Civil Veterinary Department. Madras. Admin. report 1926-33 - 1926-1933
Year: 1926
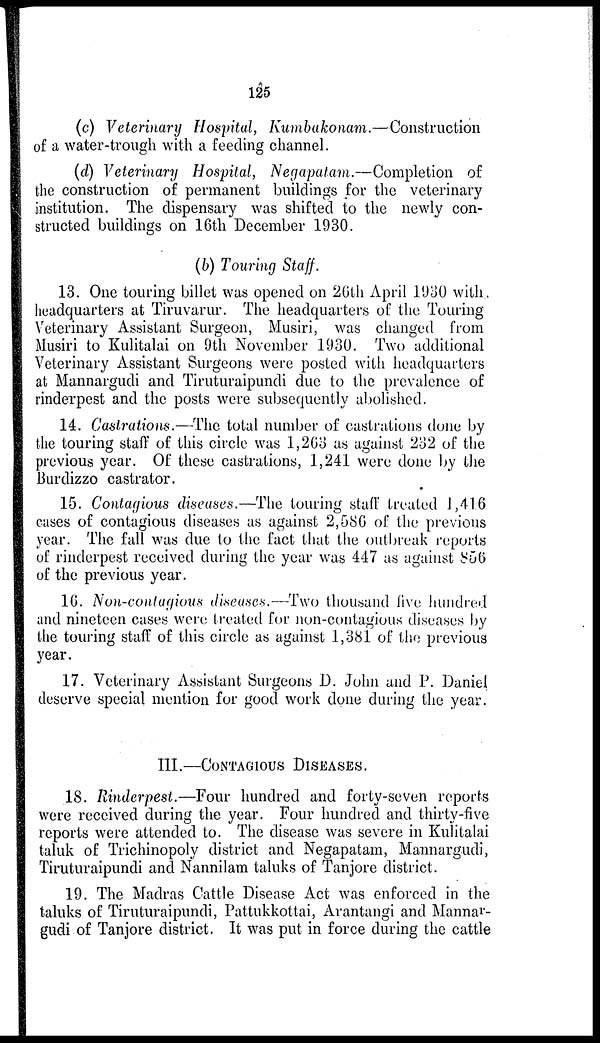
125
(c) Veterinary Hospital,
Kumbakonam.—Construction
of a water-trough with a feeding channel.
(d) Veterinary Hospital, Negapatam.—Completion of
the construction of permanent buildings for the veterinary
institution. The dispensary was shifted to the newly con-
structed buildings on 16th December 1930.
(b) Touring Staff.
13. One touring billet was opened on 26th April 1930 with
headquarters at Tiruvarur. The headquarters of the Touring
Veterinary Assistant Surgeon, Musiri, was changed from
Musiri to Kulitalai on 9th November 1930. Two additional
Veterinary Assistant Surgeons were posted with headquarters
at Mannargudi and Tiruturaipundi due to the prevalence of
rinderpest and the posts were subsequently abolished.
14. Castrations.—The total number of castrations done by
the touring staff of this circle was 1,263 as against 232 of the
previous year. Of these castrations, 1,241 were done by the
Burdizzo castrator.
15. Contagious diseases.—The touring staff treated 1,416
cases of contagious diseases as against 2,586 of the previous
year. The fall was due to the fact that the outbreak reports
of rinderpest received during the year was 447 as against 856
of the previous year.
16. Non-contagious diseases.—Two thousand five hundred
and nineteen cases were treated for non-contagious diseases by
the touring staff of this circle as against 1,381 of the previous
year.
17. Veterinary Assistant Surgeons D. John and P. Daniel
deserve special mention for good work done during the year.
III.—CONTAGIOUS DISEASES.
18. Rinderpest.—Four hundred and forty-seven reports
were received during the year. Four hundred and thirty-five
reports were attended to. The disease was severe in Kulitalai
taluk of Trichinopoly district and Negapatam, Mannargudi,
Tiruturaipundi and Nannilam taluks of Tanjore district.
19. The Madras Cattle Disease Act was enforced in the
taluks of Tiruturaipundi, Pattukkottai, Arantangi and Mannar-
gudi of Tanjore district. It was put in force during the cattle